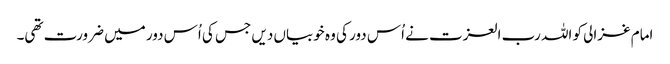
امام غزالی کو اللہ رب العزت نے اُس دور کی وہ خوبیاں دیں جس کی اُس دور میں ضرورت تھی۔